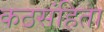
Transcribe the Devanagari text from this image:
कठसंहिता